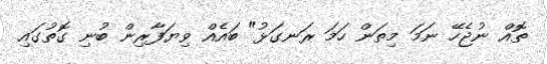
ތޮއް ނުޖެހޭ ނަމަ މިތަން ހަމަ ރަނގަޅު" ބައެއް ވިޔަފާރިން ބުނި ގޮތުގައި